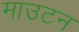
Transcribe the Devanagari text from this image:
माउटन